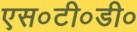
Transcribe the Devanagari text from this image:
एस०टी०डी०